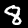
Label: 8